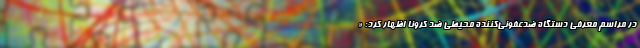
در مراسم معرفی دستگاه‌ ضدعفونی‌کننده محیطی ضد کرونا اظهار کرد:‌ «